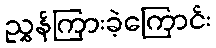
ညွှန်ကြားခဲ့ကြောင်း